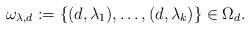
LaTeX: \begin{align*}\omega_{\lambda,d}:=\{ (d,\lambda_1),\ldots,(d,\lambda_k)\} \in \Omega_d.\end{align*}